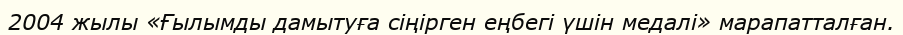
2004 жылы «Ғылымды дамытуға сіңірген еңбегі үшін медалі» марапатталған.